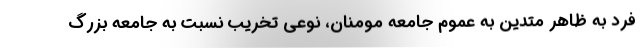
فرد به ظاهر متدین به عموم جامعه مومنان، نوعی تخریب نسبت به جامعه بزرگ